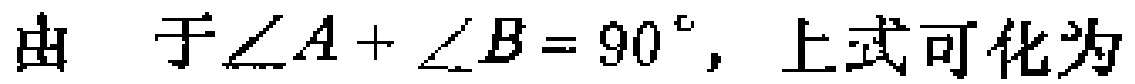
由 于\(\angle A+\angle B = 90^{\circ}\)，上式可化为